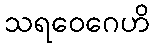
သရဝေဂေဟိ